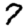
Digit: 7